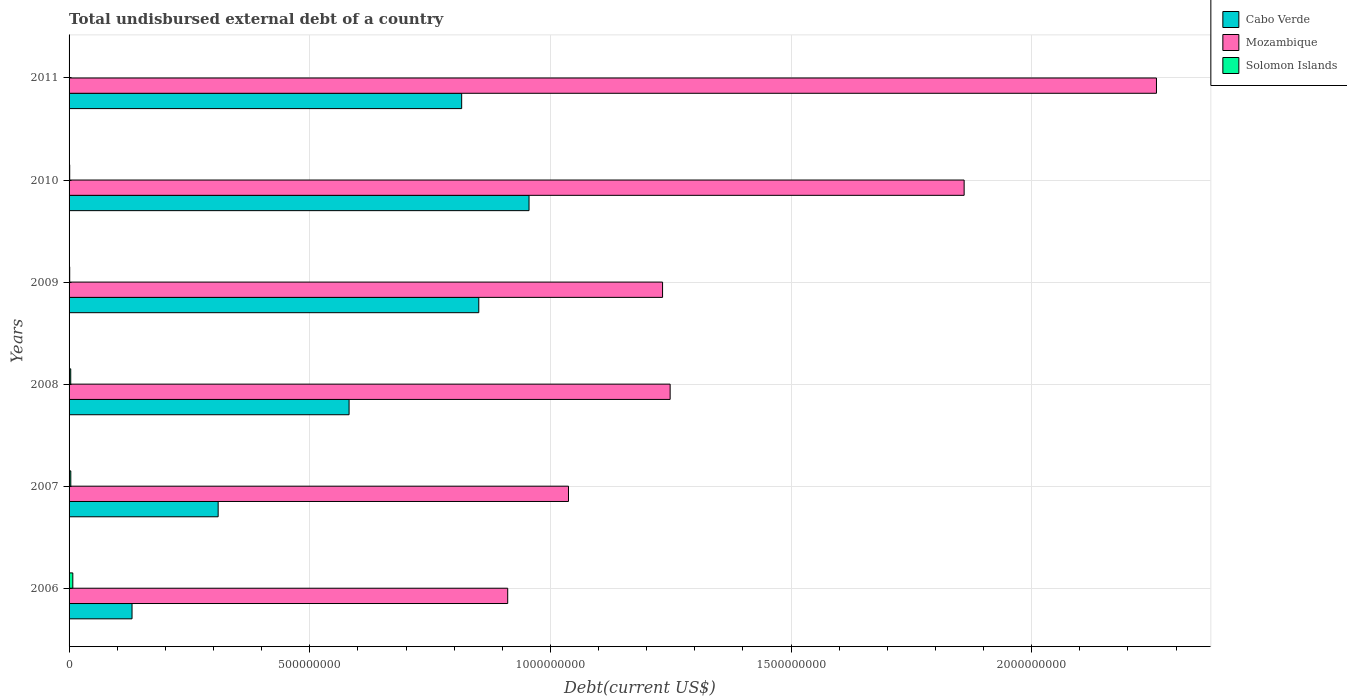
| Years | Cabo Verde | Mozambique | Solomon Islands |
 | --- | --- | --- | --- |
 | 2006 | 1.31e+08 | 9.11e+08 | 7.76e+06 |
 | 2007 | 3.1e+08 | 1.04e+09 | 3.6e+06 |
 | 2008 | 5.82e+08 | 1.25e+09 | 3.46e+06 |
 | 2009 | 8.51e+08 | 1.23e+09 | 1.32e+06 |
 | 2010 | 9.56e+08 | 1.86e+09 | 1.32e+06 |
 | 2011 | 8.16e+08 | 2.26e+09 | 1.14e+05 |